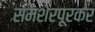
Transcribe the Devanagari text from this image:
समशेरपूरकर